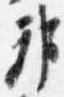
邦